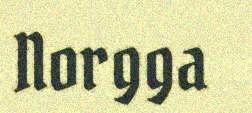
Norgga